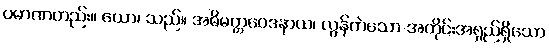
ပမာဏတည်း။ ယော၊ သည်။ အဓိမတ္တဝေဒနာယ၊ လွန်ကဲသော အတိုင်းအရှည်ရှိသော